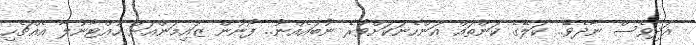
އަދިވެސް ނާދެވޭ.. ކަލޭގެ ކަންތައް އަންހެނަކަށްވުރެ ނުބައެއްނު.. ފޯނުން ޒައިމަންއަށް ހުއްޓާނުލާ އެއްޗެހި